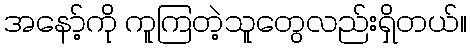
အနော့်ကို ကူကြတဲ့သူတွေလည်းရှိတယ်။